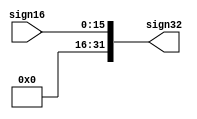
`timescale 1ns / 1ps
//////////////////////////////////////////////////////////////////////////////////
// Company: 
// Engineer: 
// 
// Design Name: 
// Module Name: SIGN_EXTENSION
// Project Name: 
// Target Devices: 
// Tool Versions: 
// Description: 
// 
// Dependencies: 
// 
// Revision:
// Revision 0.01 - File Created
// Additional Comments:
// 
//////////////////////////////////////////////////////////////////////////////////


module SIGN_EXTENSION(sign16, sign32);
    input [15:0] sign16;
    output [31:0] sign32;
    
    assign sign32 = sign16;
    
endmodule